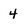
Character: 4